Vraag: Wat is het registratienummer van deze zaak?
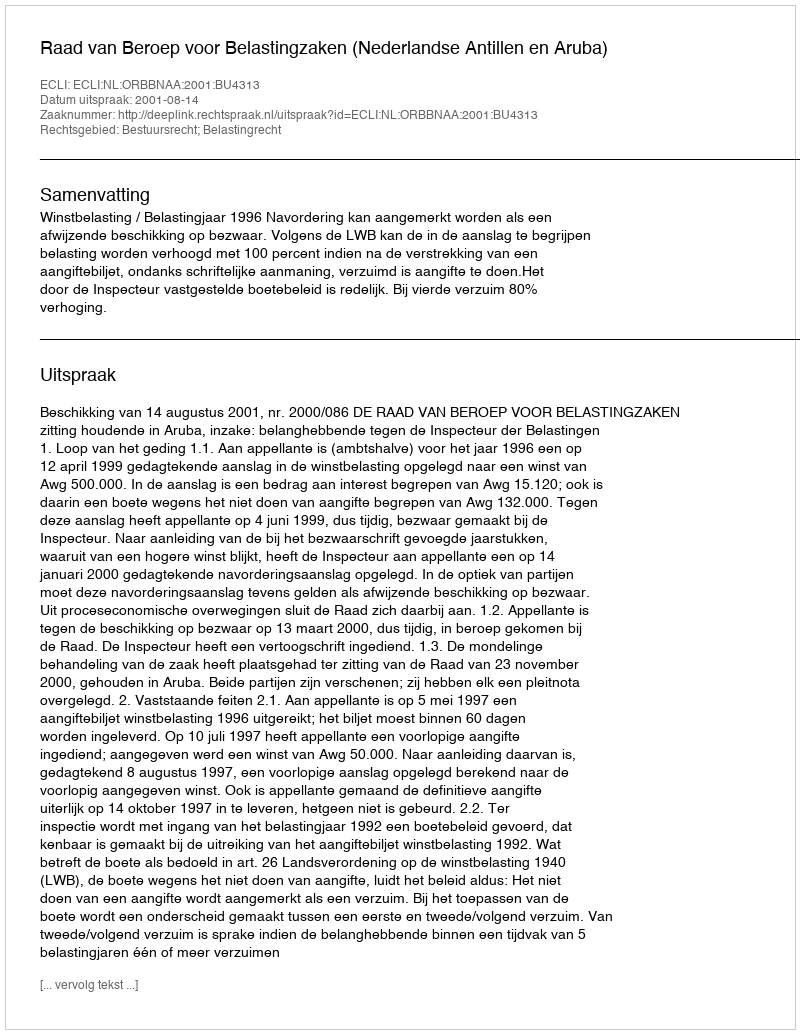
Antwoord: http://deeplink.rechtspraak.nl/uitspraak?id=ECLI:NL:ORBBNAA:2001:BU4313